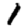
Digit: 1